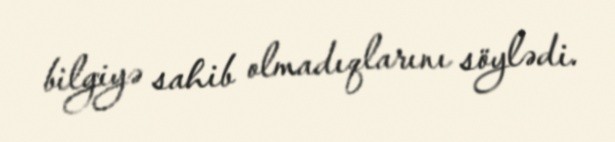
bilgiyə sahib olmadıqlarını söylədi.